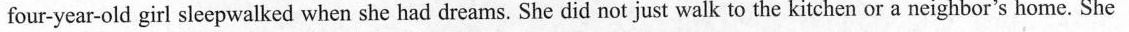
four-year-old girl sleepwalked when she had dreams. She did not just walk to the kitchen or a neighbor's home. She